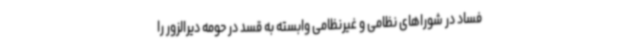
فساد در شوراهای نظامی و غیرنظامی وابسته به قسد در حومه دیرالزور را